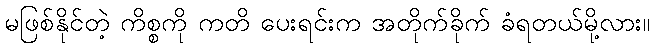
မဖြစ်နိုင်တဲ့ ကိစ္စကို ကတိ ပေးရင်းက အတိုက်ခိုက် ခံရတယ်မို့လား။